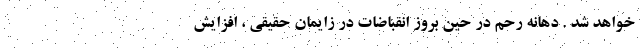
خواهد شد . دهانه رحم در حین بروز انقباضات در زایمان حقیقی ، افزایش